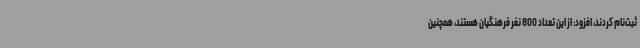
ثبت‌نام کردند، افزود: از این تعداد 800 نفر فرهنگیان هستند، همچنین